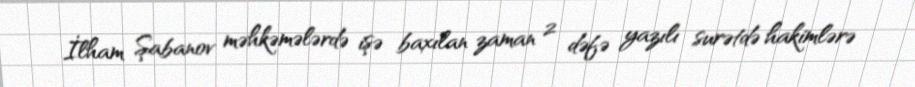
İlham Şabanov məhkəmələrdə işə baxılan zaman 2 dəfə yazılı surətdə hakimlərə